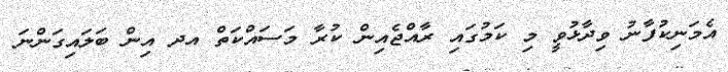
އެމަނިކުފާނު ވިދާޅުވީ މި ކަމުގައި ރާއްޖެއިން ކުރާ މަސައްކަތް އދ އިން ބަލައިގަންނަ